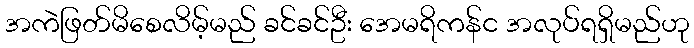
အကဲဖြတ်မိစေလိမ့်မည် ခင်ခင်ဦး အေမရိကန်င အလုပ်ရရှိမည်ဟု